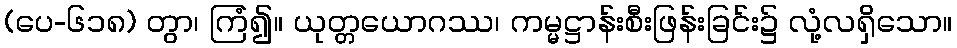
(ပေ-၆၁၈) တွာ၊ ကြံ၍။ ယုတ္တယောဂဿ၊ ကမ္မဋ္ဌာန်းစီးဖြန်းခြင်း၌ လုံ့လရှိသော။